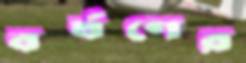
বর্ষণের